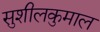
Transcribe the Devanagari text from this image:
सुशीलकुमाल